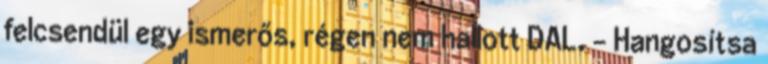
felcsendül egy ismerős, régen nem hallott DAL. - Hangosítsa